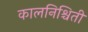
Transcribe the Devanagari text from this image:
कालनिश्चिती